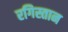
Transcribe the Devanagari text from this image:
रगिस्तान